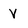
Character: V